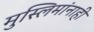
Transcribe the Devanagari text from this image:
मुस्लिमांनाही